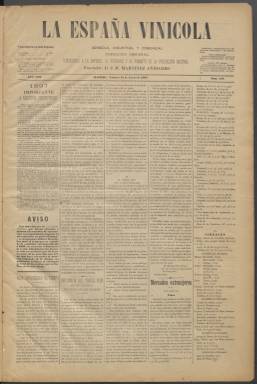
Título: La España vinícola, agrícola, industrial y comercial
Colección: Agricultura
Ámbito geográfico: Madrid
Lugar de publicación: Madrid
Fechas: 08/01/1897-31/12/1897